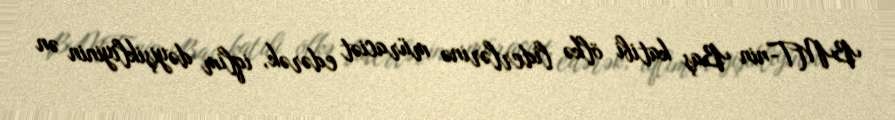
BMT-nin Baş katibi ölkə liderlərinə müraciət edərək, iqlim dəyişikliyinin ən